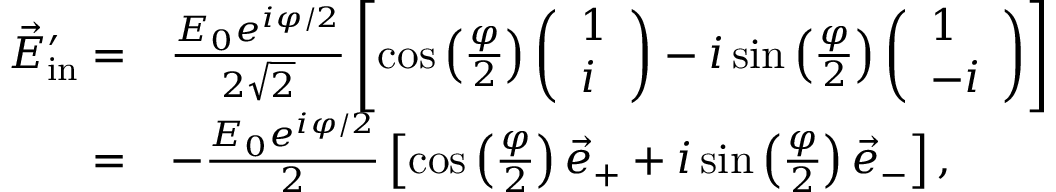
\begin{array} { r l } { \vec { E } _ { \mathrm { i n } } ^ { \prime } = } & { \frac { E _ { 0 } e ^ { i \varphi / 2 } } { 2 \sqrt 2 } \left[ \cos \left( \frac { \varphi } { 2 } \right) \left( \begin{array} { l } { 1 } \\ { i } \end{array} \right) - i \sin \left( \frac { \varphi } { 2 } \right) \left( \begin{array} { l } { 1 } \\ { - i } \end{array} \right) \right] } \\ { = } & { - \frac { E _ { 0 } e ^ { i \varphi / 2 } } { 2 } \left[ \cos \left( \frac { \varphi } { 2 } \right) \vec { e } _ { + } + i \sin \left( \frac { \varphi } { 2 } \right) \vec { e } _ { - } \right] , } \end{array}